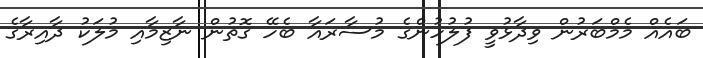
ބައެއް މެމްބަރުން ވިދާޅުވީ ފުލުހުންގެ މުސާރައާ ބެހޭ ގޮތުން ނާޒިމާއި މުލަކު ދާއިރާގެ